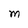
Character: M